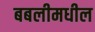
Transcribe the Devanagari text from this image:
बबलीमधील